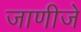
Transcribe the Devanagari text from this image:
जाणीजे